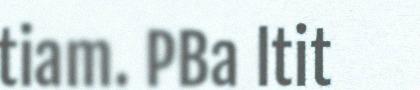
tiam. PBa ltit